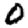
Digit: 0